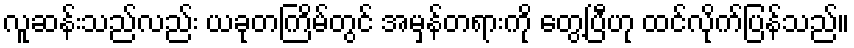
လူဆန်းသည်လည်း ယခုတကြိမ်တွင် အမှန်တရားကို တွေ့ပြီဟု ထင်လိုက်ပြန်သည်။